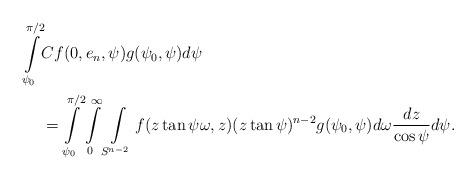
LaTeX: \begin{align*}\int\limits_{\psi_0}^{\pi/2}&Cf(0,e_n,\psi)g(\psi_0,\psi)d\psi \\&= \int\limits_{\psi_0}^{\pi/2} \int\limits_0^{\infty} \int\limits_{S^{n-2}}f(z\tan\psi \omega,z)(z\tan\psi)^{n-2}g(\psi_0,\psi)d\omega \frac{dz}{\cos\psi} d\psi.\end{align*}